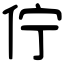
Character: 佇